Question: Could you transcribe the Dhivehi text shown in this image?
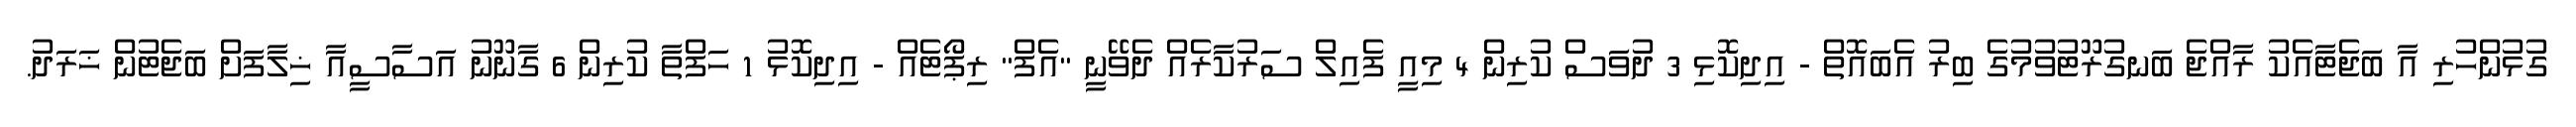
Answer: ގުޅުންހުރި އާ ބަޖެޓާއެކު ރާއްޖެ ބަނގުރޫޓުވުމުގެ ބިރު އެބައޮތް - އިދިކޮޅި 3 ދުވަސް ކުރިން 4 މިއީ ފެއިލް ސަރުކާރެއް ދެވޭނީ "އެފް" ރިޕޯޓެއް - އިދިކޮޅު 1 ހަފްތާ ކުރިން 6 ގާނޫނު އަސާސީއާ ޚިލާފަށް ބަޖެޓުން ޚަރަދު.